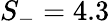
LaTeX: S_{-}=4.3